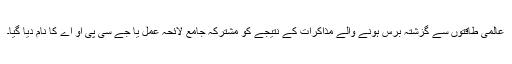
عالمی طاقتوں سے گزشتہ برس ہونے والے مذاکرات کے نتیجے کو مشترکہ جامع لائحہ عمل یا جے سی پی او اے کا نام دیا گیا۔